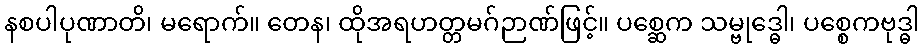
နစပါပုဏာတိ၊ မရောက်။ တေန၊ ထိုအရဟတ္တမဂ်ဉာဏ်ဖြင့်။ ပစ္ဆေက သမ္ဗုဒ္ဓေါ၊ ပစ္စေကဗုဒ္ဓါ